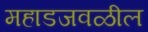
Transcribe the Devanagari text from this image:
महाडजवळील